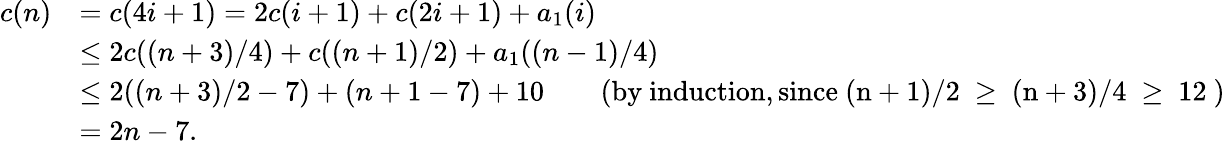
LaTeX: \begin{array}{rl}{c(n)}&{=c(4i+1)=2c(i+1)+c(2i+1)+a_{1}(i)}\\ &{\leq 2c((n+3)/4)+c((n+1)/2)+a_{1}((n-1)/4)}\\ &{\leq 2((n+3)/2-7)+(n+1-7)+10\quad\quad\mathrm{(by~induction,since~(n+1)/2~\geq~(n+3)/4~\geq~12~)}}\\ &{=2n-7.}\end{array}